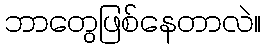
ဘာတွေဖြစ်နေတာလဲ။